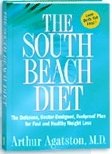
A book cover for South Beach Diet Book; J.K; Health, Fitness & Dieting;